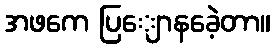
အဖကေ ပြျောနခေဲ့တာ။